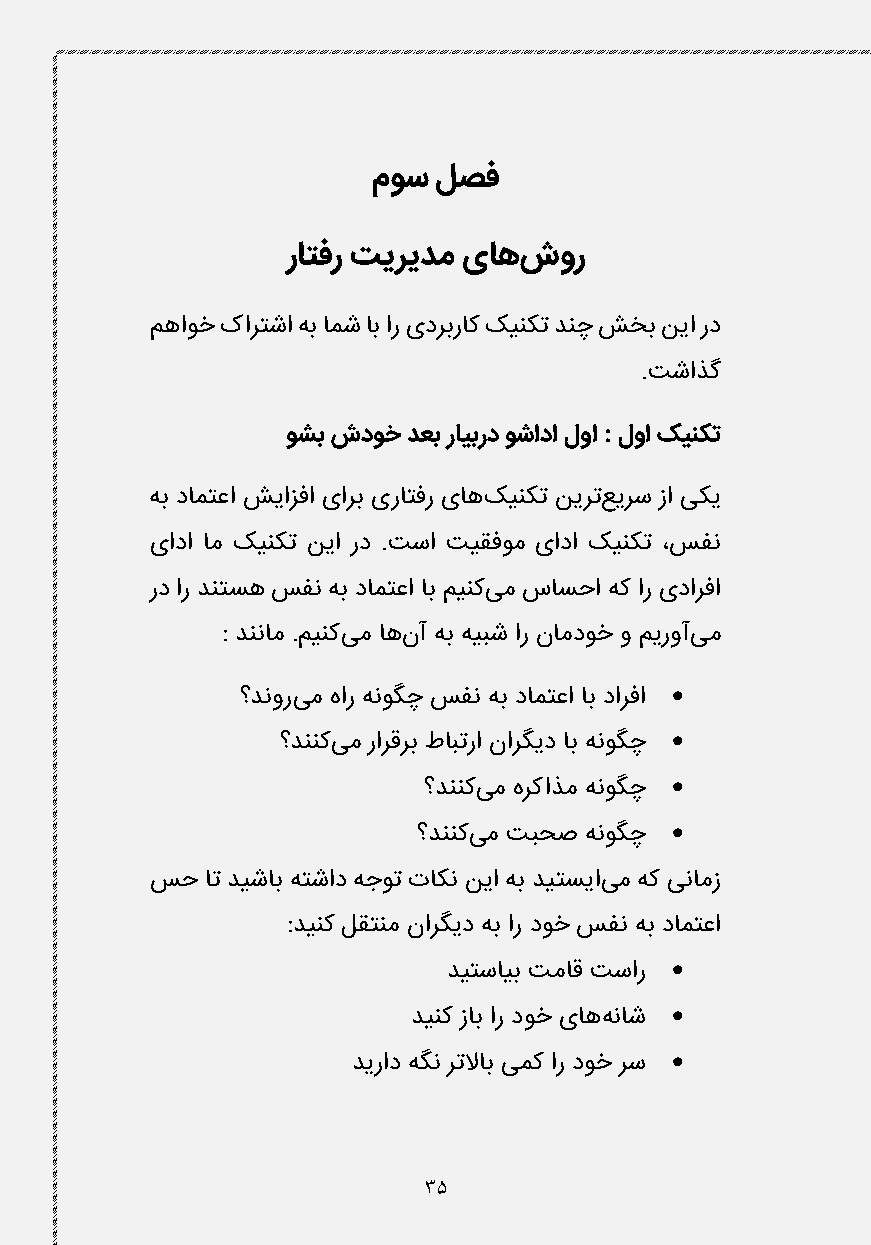
موس لصف
 راتفر تیریدم یاهشور
 مهاوخ کارتشا هب امش اب ار یدربراک کینکت دنچ شخب نیا رد
 .تشاذگ
 وشب شدوخ دعب رایبرد وشادا لوا : لوا کینکت
 هب دامتعا شیازفا یارب یراتفر یاهکینکت نیرتعیرس زا یکی
 یادا ام کینکت نیا رد .تسا تیقفوم یادا کینکت ،سفن
 رد ار دنتسه سفن هب دامتعا اب مینکیم ساسحا هک ار یدارفا
 : دننام .مینکیم اهنآ هب هیبش ار نامدوخ و میروآیم
 
 ؟دنوریم هار هنوگچ سفن هب دامتعا اب دارفا
 
 ؟دننکیم رارقرب طابترا نارگید اب هنوگچ
 
 ؟دننکیم هرکاذم هنوگچ
 
 ؟دننکیم تبحص هنوگچ
 سح  ات دیشاب هتشاد هجوت تاکن نیا هب دیتسیایم هک ینامز
 :دینک لقتنم نارگید هب ار دوخ سفن هب دامتعا
 
 دیتسایب تماق تسار
 
 دینک زاب ار دوخ یاههناش
 
 دیراد هگن رتلااب یمک ار دوخ رس
 35